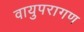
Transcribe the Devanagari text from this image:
वायुपरागण